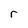
Character: r